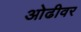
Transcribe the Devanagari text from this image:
ओढीवर